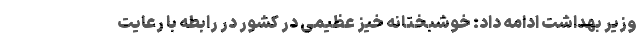
وزیر بهداشت ادامه داد: خوشبختانه خیز عظیمی در کشور در رابطه با رعایت